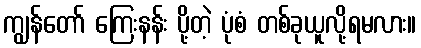
ကျွန်တော် ကြေးနန်း ပို့တဲ့ ပုံစံ တစ်ခုယူလို့ရမလား။